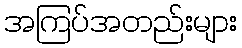
အကြပ်အတည်းများ